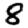
Digit: 8